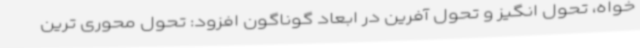
خواه، تحول انگیز و تحول آفرین در ابعاد گوناگون افزود: تحول محوری ترین